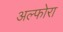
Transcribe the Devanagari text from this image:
अल्फोरा